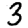
Digit: 3